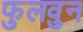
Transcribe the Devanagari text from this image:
फुलवुन